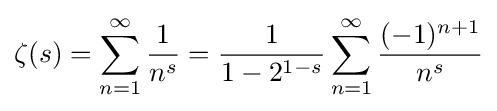
\zeta (s)=\sum _{n=1}^{\infty }{\frac {1}{n^{s}}}={\frac {1}{1-2^{1-s}}}\sum _{n=1}^{\infty }{\frac {(-1)^{n+1}}{n^{s}}}